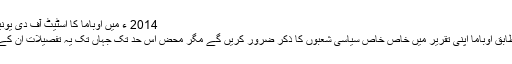
2014 ء میں اوباما کا اسٹیٹ آف دی یونین سے خطاب
ماہرین کے مطابق اوباما اپنی تقریر میں خاص خاص سیاسی شعبوں کا ذکر ضرور کریں گے مگر محض اُس حد تک جہاں تک یہ تفصیلات اُن کے حق میں ہوں۔